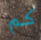
كم